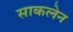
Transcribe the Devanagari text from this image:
साकलेन